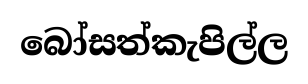
බෝසත්කැපිල්ල